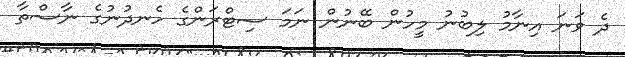
ދެ ވަނަ އިނާމު ލިބުނު މީހުން ބޭނުން ނަމަ ސިޓްރަންގެ ހެނދުނުގެ ނާސްތާ